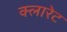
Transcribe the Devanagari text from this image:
क्लारेट